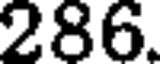
286.